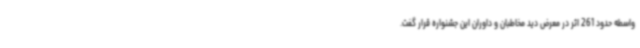
واسطه حدود 261 اثر در معرض دید مخاطبان و داوران این جشنواره قرار گفت.